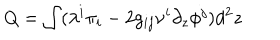
LaTeX: Q = \int ( \lambda ^ { i } \pi _ { i } - 2 g _ { i j } \nu ^ { i } \partial _ { z } \phi ^ { j } ) d ^ { 2 } z